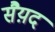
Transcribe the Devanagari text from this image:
सैय़द